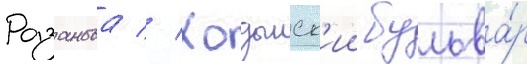
Розанова // Ходынск'ии бульва́р